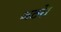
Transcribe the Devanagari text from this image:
जठरे।